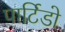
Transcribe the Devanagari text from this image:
पार्टिडो